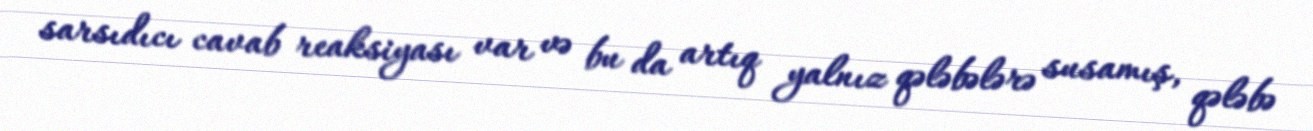
sarsıdıcı cavab reaksiyası var və bu da artıq yalnız qələbələrə susamış, qələbə